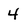
Character: 4